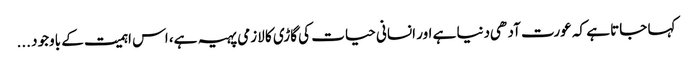
کہا جاتا ہے کہ عورت آدهی دنیا ہے اور انسانی حیات کی گاڑی کا لازمی پہیہ ہے، اس اہمیت کے باوجود ...